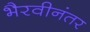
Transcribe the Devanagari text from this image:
भैरवीनंतर